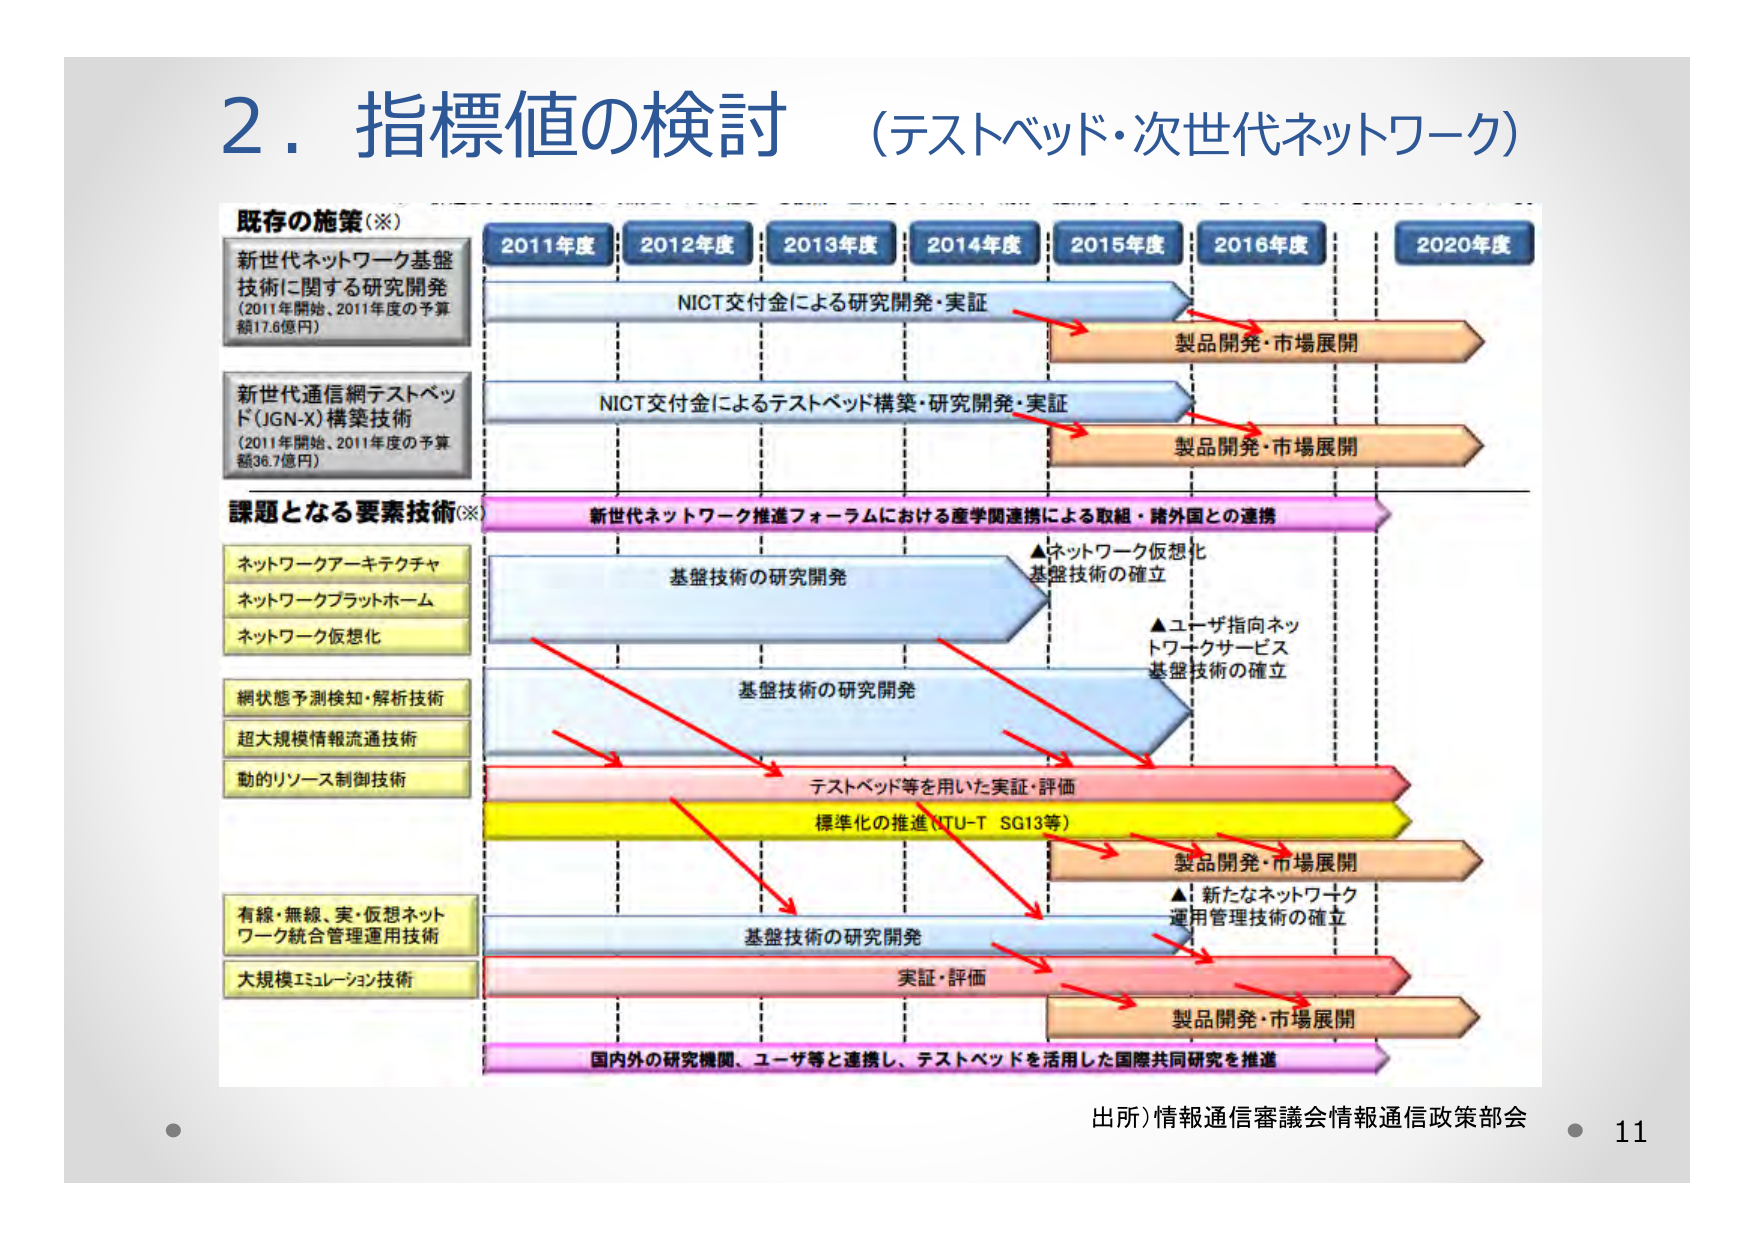
2. 指標値の検討 （テストベッド・次世代ネットワーク）

既存の施策（※）
新世代ネットワーク基盤
技術に関する研究開発
（2011年開始、2011年度の予算
額17.6億円）

新世代通信網テストベッ
ド（JGN-X）構築技術
（2011年開始、2011年度の予算
額36.7億円）

課題となる要素技術（※）
ネットワークアーキテクチャ
ネットワークプラットホーム
ネットワーク仮想化
網状態予測検知・解析技術
超大規模情報流通技術
動的リソース制御技術
有線・無線、実・仮想ネット
ワーク統合管理運用技術
大規模エミュレーション技術

2011年度
2012年度
2013年度
2014年度
2015年度
2016年度
2020年度

NICT交付金による研究開発・実証
製品開発・市場展開

NICT交付金によるテストベッド構築・研究開発・実証
製品開発・市場展開

新世代ネットワーク推進フォーラムにおける産学関連携による取組・諸外国との連携

基盤技術の研究開発
▲ネットワーク仮想化
基盤技術の確立

基盤技術の研究開発
▲ユーザ指向ネット
ワークサービス
基盤技術の確立

テストベッド等を用いた実証・評価

標準化の推進（ITU-T SG13等）
製品開発・市場展開
▲新たなネットワーク
運用管理技術の確立

基盤技術の研究開発

実証・評価
製品開発・市場展開

国内外の研究機関、ユーザ等と連携し、テストベッドを活用した国際共同研究を推進

出所）情報通信審議会情報通信政策部会
11